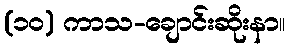
(၁၀) ကာသ-ချောင်းဆိုးနာ။